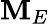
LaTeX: \mathbf{M}_{E}